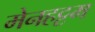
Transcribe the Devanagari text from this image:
मेनहट्टम